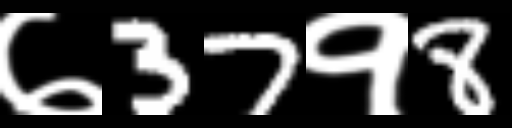
Text: ७37१8